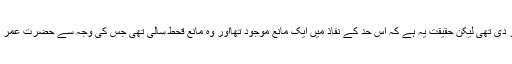
اسی طرح حضرت عمر رضی اللہ عنہ کے زمانہ میں انہوں نے چوری کی حد ساقط کر دی تھی لیکن حقیقت یہ ہے کہ اس حد کے نفاذ میں ایک مانع موجود تھااور وہ مانع قحط سالی تھی جس کی وجہ سے حضرت عمر رضی اللہ عنہ نے قطع ید کے قرآنی حکم کی تطبیق نہ کی اور چور کے ہاتھ نہ کاٹے ۔